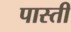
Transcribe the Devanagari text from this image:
पास्ती